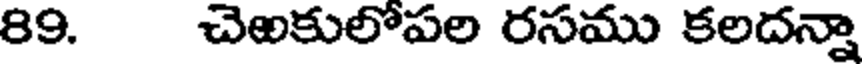
89. చెఱకులోపల రసము కలదన్నా